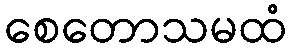
စေတောသမထံ